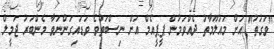
"ވަގުތު" އަށް މައުލޫމާތު ދެއްވަމުން ޕީޕީއެމް އަށް ނިސްބަތްވެ ވަޑައިގަންނަވާ މެންބަރު ޖަމީލް